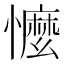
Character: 懡